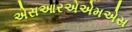
એસઆરએએમએસ